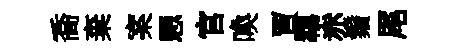
喬棄案愳官喚賈羈赤鬚尾